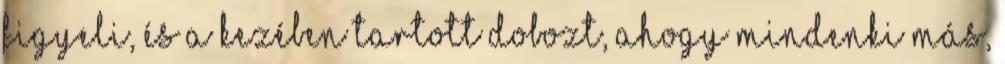
figyeli, és a kezében tartott dobozt, ahogy mindenki más,